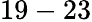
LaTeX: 19-23